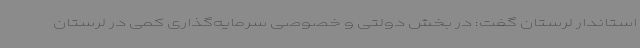
استاندار لرستان گفت: در بخش دولتی و خصوصی سرمایه‌گذاری کمی در لرستان